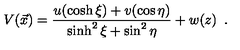
V ( \vec { x } ) = { \frac { u ( \cosh \xi ) + v ( \cos \eta ) } { \sinh ^ { 2 } \xi + \sin ^ { 2 } \eta } } + w ( z ) \enspace .